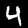
Digit: 4